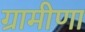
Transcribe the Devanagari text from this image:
ग्रामीणा